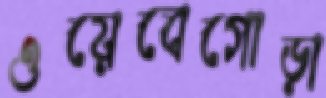
ওয়েবেগোড়া